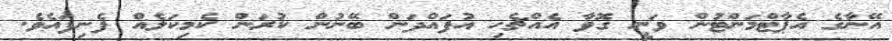
އޭނާގެ އެޕާޓްމަންޓުން ވަނީ ގޮވާ އެއްޗެހި އުފައްދަން ބޭނުން ކުރަން ކެމިކަލެއް ފެނިފައެވެ.